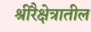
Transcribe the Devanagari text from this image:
श्रीरैक्षेत्रातील